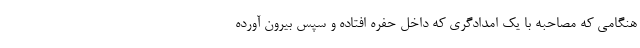
هنگامی که مصاحبه با یک امدادگری که داخل حفره افتاده و سپس بیرون آورده